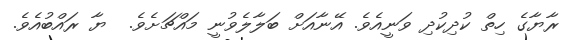
ރާޔާގެ ހިތް ކުދިކުދި ވަނީއެވެ. އޭނާއަށް ބަލާލެވުނީ މައްޗަށެވެ.  ޔާ ރައްބުއެވެ.